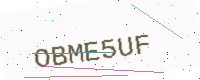
Text: OBME5UF